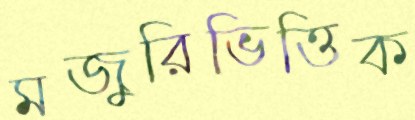
মজুরিভিত্তিক